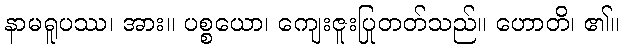
နာမရူပဿ၊ အား။ ပစ္စယော၊ ကျေးဇူးပြုတတ်သည်။ ဟောတိ၊ ၏။